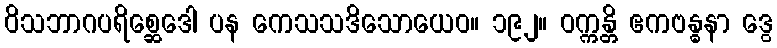
ဝိသဘာဂပရိစ္ဆေဒေါ ပန ကေသသဒိသောယေဝ။ ၁၉၂။ ဝက္ကန္တိ ဧကဗန္ဓနာ ဒွေ